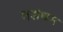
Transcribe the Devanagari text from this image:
वसंथम